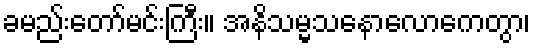
ခမည်းတော်မင်းကြီး။ အနိသမ္မသနောလောကေတွာ၊